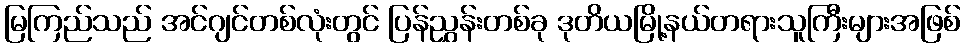
မြကြည်သည် အင်ဂျင်တစ်လုံးတွင် ပြန်ညွှန်းတစ်ခု ဒုတိယမြို့နယ်တရားသူကြီးများအဖြစ်